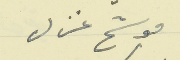
موشح غزل